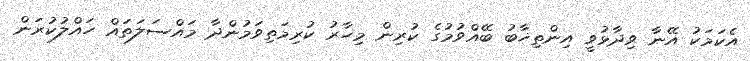
އެކަމަކު އޭނާ ވިދާޅުވީ އިންތިޚާބު ބޭއްވުމުގެ ކުރިން މިހާރު ކުރިމަތިވަމުންދާ މައްސަލަތައް ހައްލުކުރަން